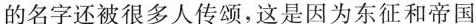
的名字还被很多人传颂，这是因为东征和帝国